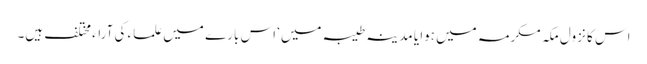
اس کا نزول مکہ مکرمہ میں ہوا یا مدینہ طیبہ میں‘ اس بارے میں علماء کی آراء مختلف ہیں۔